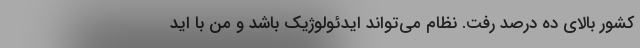
کشور بالای ده درصد رفت. نظام می‌تواند ایدئولوژیک باشد و من با اید